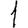
Digit: 1